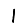
Digit: 1